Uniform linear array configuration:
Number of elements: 4
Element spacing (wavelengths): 1
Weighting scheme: kaiser
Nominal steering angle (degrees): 30
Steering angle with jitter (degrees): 31.149
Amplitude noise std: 0.05
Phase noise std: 0.05

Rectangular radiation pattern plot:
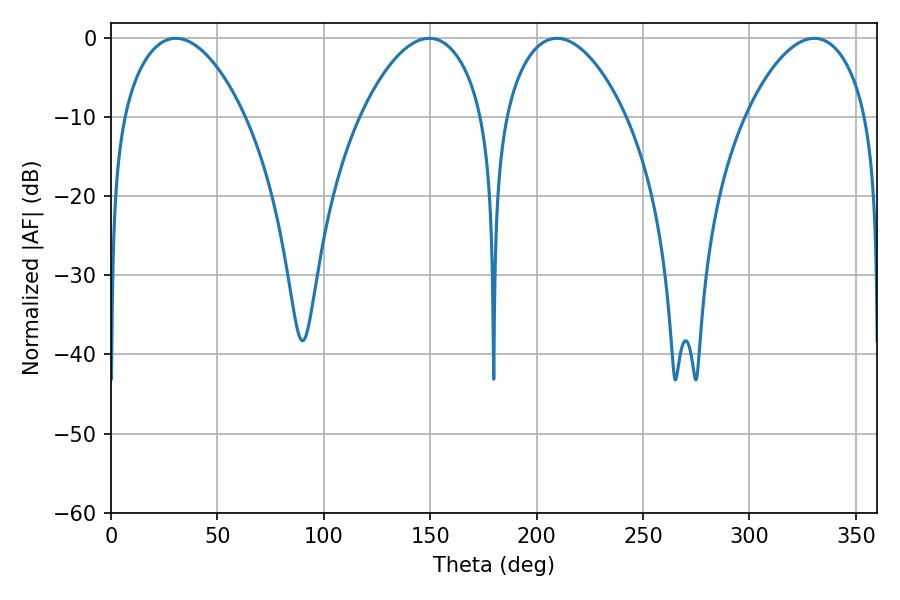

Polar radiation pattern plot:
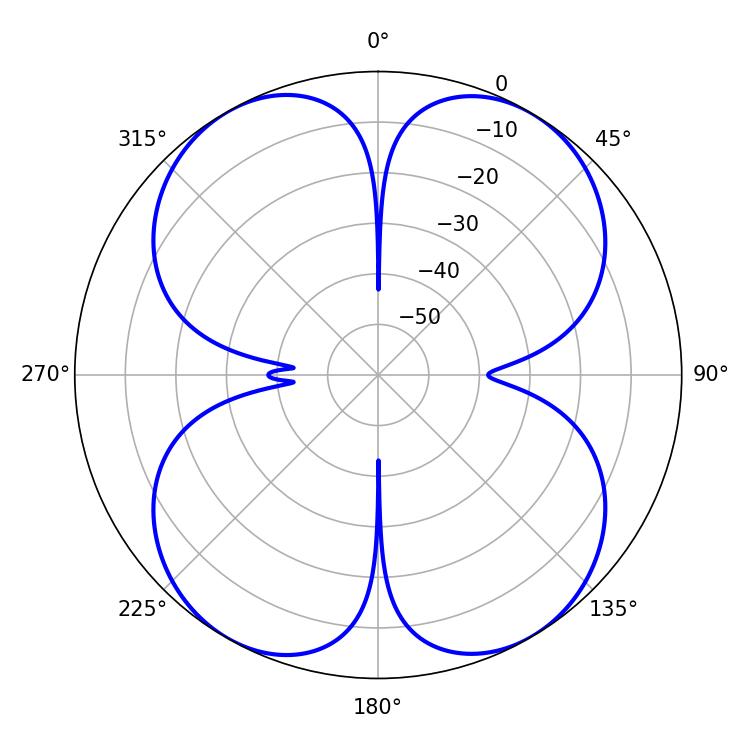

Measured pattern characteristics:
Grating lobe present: TRUE
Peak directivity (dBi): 20.199
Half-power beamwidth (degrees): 31.68
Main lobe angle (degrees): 209.52